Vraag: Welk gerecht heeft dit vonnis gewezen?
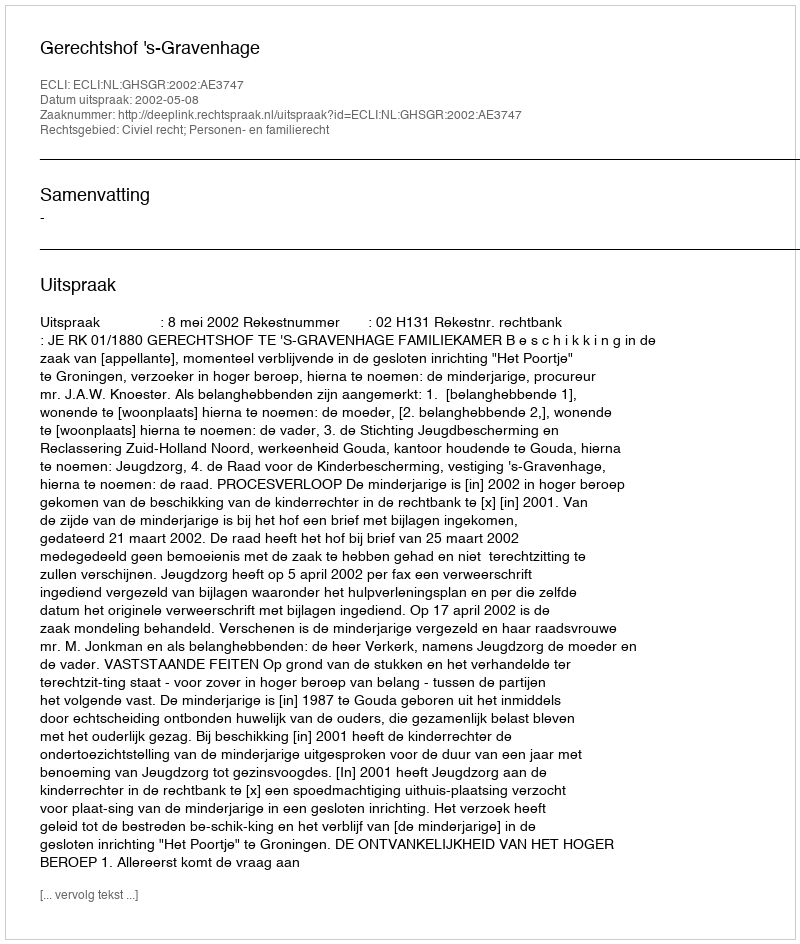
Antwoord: Gerechtshof 's-Gravenhage